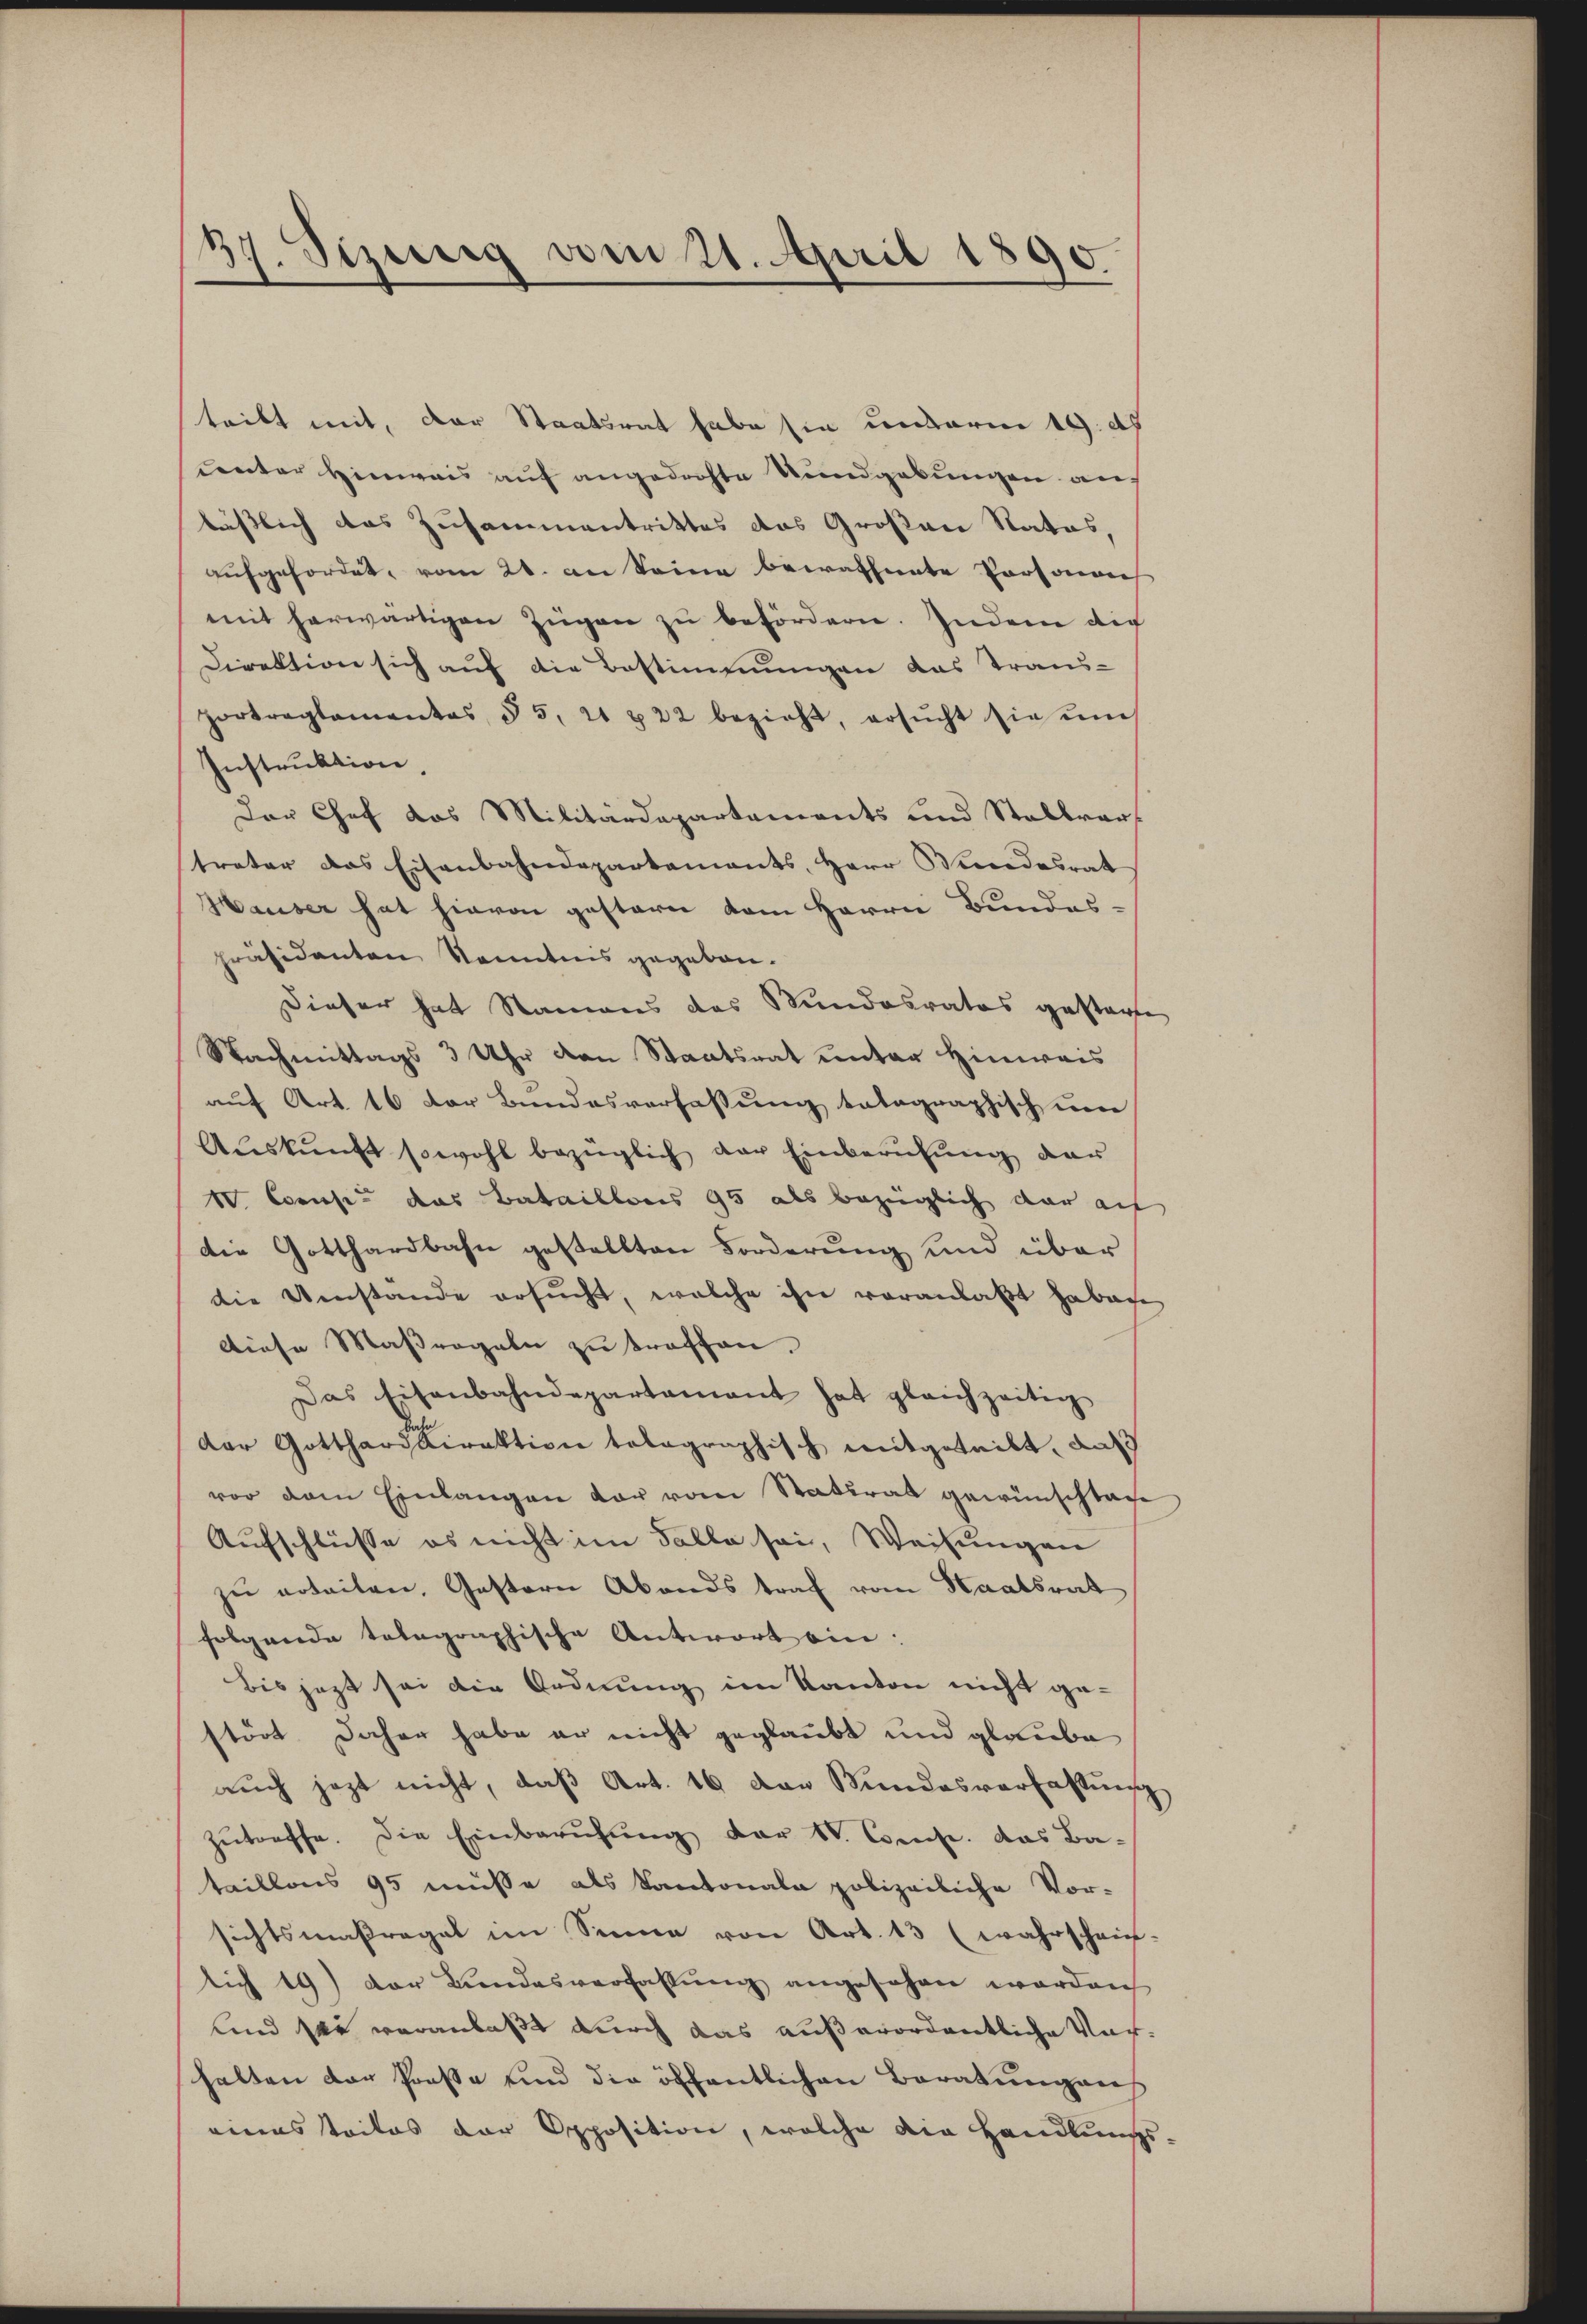
37. Sezung vom 21. April 1890.

teibt mit, der Staatsrat habe sie unterm 19. d.
unter Hinweis auf angedrohte Rundgebungen aus
läßlich das Zusammentrittes das Großen Rates,
aufgefordet, vom 20. an Seine bewaffnete Personach
mit herwärtigen Zügen zu befördern. Indem die
Direktion sich auf die Bestimmungen das Trans-
Portragtamentas § 5, 21 § 22 bezieht, ersŭcht sie ŭm
Instruktion,
Der Chef das Militärdepartements und Stellver-
treter das Eisenbahndepartements, Herr Bundesrat
Hauser hat hievon gestern vom Herrn Bundes-
präsidenten Kenntnis gegeben.
dieser hat Namens des Stundesrates gesterne
Nachmittags 3 Uhr den Staatsrat unter Hinweis
auf Art. 16 der Bundesverfassung tatographisch um
Aŭskŭnft sowohl bezüglich der Einberufung der
IV. Consis das Bataillonis 95 als bezüglich dar auf
die Gotthardbahn gestellten Forderung und über
die Umstande ersucht, welche ihn voranlaßt habene
Diese Maßregeln zu treffen.
Das Eisenbahndepartamant hat gleichzeitig
dor Gotthardirektion totagraphisch mitgeteilt, daß
vor dem Einlangen der vom Statirat gewünschtage
Aufschlüsse es nicht im Falle sei, Weisungen
zu erteilen, Gestern Abends traf vom Staatsrat
folgende totagraphische Antwort ein:
bis jezt sei die Ordnung im Kanton nicht gestört daher habe er nicht geglaubt und glaube
auch jezt nicht, daß Art. 16 von Bundesverfassung
zŭtreffe. Die Einberufung der St. Cens. das Ba-
taillons 95 müsse als Kantonale polizeiliche Vor-
sichtsmaßregel im Sinne von Art. 13 (wahrschrif-
lich 19) der Lindesverfassung angesehen worden
und sie veranlaßt durch das außerordentliche Vorhalten der Prose und die öffentlichen Beratungens
einens teiles der Opposition, welche die Handlungs-